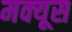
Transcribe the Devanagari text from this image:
मक्यूस